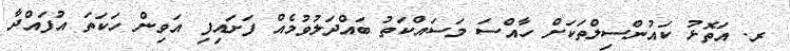
ރ. އަތޮޅު ކައުންސިލްތަކަށް ހާއްސަ މަސައްކަތު ބައްދަލުވުމެއް ފަށައިފި އަވިން ހަކަތަ އުފައްދާ